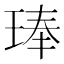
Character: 琫